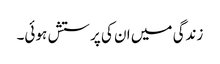
زندگی میں ان کی پرستش ہوئی۔